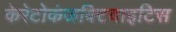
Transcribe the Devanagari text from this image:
केरेटोकंजक्टिवाइटिस